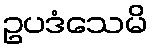
ဥပဒံသေမိ